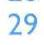
29